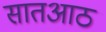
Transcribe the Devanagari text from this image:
सातआठ